Madras plague regulations in force outside the Presidency town - Volume 1
Disease focus: Plague
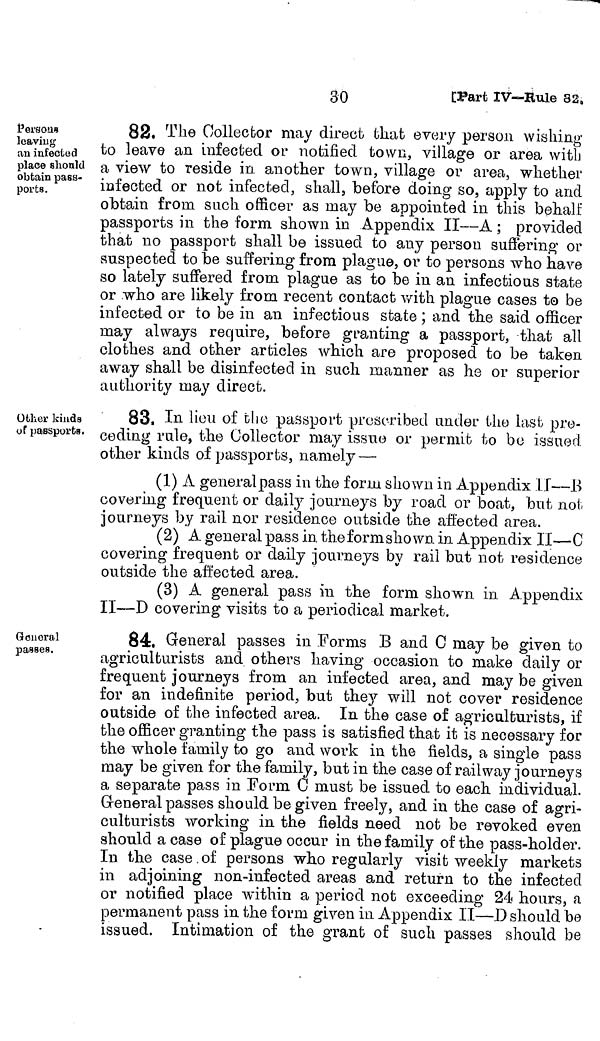
30
[Page IV—Rule 32,
Persons
leaving
au infected
place should
obtain pass-
ports.
82. The Collector may direct that every persson wishing
to leave an infected or notified town, village or area with
a view to reside in another town, village or area, whether
infected or not infected, shall, before doing so, apply to and
obtain from such officer as may be appointed in this behalt;
passports in the form shown in Appendix II—A ; provided
that no passport shall be issued to any person suffering or
suspected to be suffering from plague, or to persons who have
so lately suffered from plague as to be in an infectious state
or who are likely from recent contact with plague cases to be
infected or to be in an infectious state ; and the said officer
may always require, before granting a passport, that all
clothes and other articles which are proposed to be taken
away shall be disinfected in such manner as he or superior
authority may direct.
Other kinds
of passports.
83, In lieu of the passport prescribed under the last pre-
ceding rule, the Collector may issue or permit to bo issued
other kinds of passports, namely —
(1) A general pass in the form shown in Appendix 11-B
covering frequent or daily journeys by road or boat, but not,
journeys by rail nor residence outside the affected area.
(2) A general pass in theformsho wn in Appendix II—C
covering frequent or daily journeys by rail but not residence
outside the affected area.
(3) A general pass in the form shown in Appendix
II—D covering visits to a periodical market.
General
passes.
84. General passes in Forms B and C may be given to
agriculturists and others having occasion to make daily or
frequent journeys from an infected area, and may be given
for an indefinite period, but they will not cover residence
outside of the infected area. In the case of agriculturists, if
the officer granting the pass is satisfied that it is necessary for
the whole family to go and work in the fields, a single pass
may be given for the family, but in the case of railway journeys
a separate pass in Form C must be issued to each individual.
General passes should be given freely, and in the case of agri-
culturists working in the fields need not be revoked even
should a case of plague occur in the family of the pass-holder.
In the case,of persons who regularly visit weekly markets
in adjoining non-infected areas and return to the infected
or notified place within a period not exceeding 24 hours, a
permanent pass in the form given in Appendix II—D should be
issued. Intimation of the grant of such passes should be